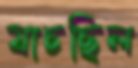
যাচছিল